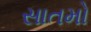
સાતમો